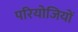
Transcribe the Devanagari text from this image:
परियोजियों